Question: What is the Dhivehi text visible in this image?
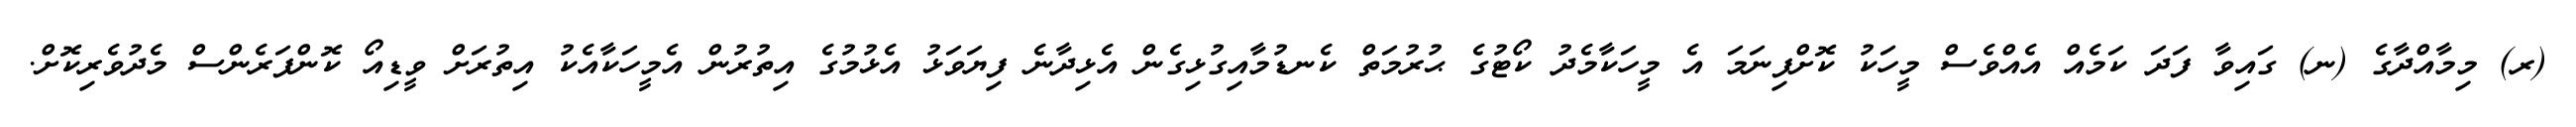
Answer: (ރ) މިމާއްދާގެ (ނ) ގައިވާ ފަދަ ކަމެއް އެއްވެސް މީހަކު ކޮށްފިނަމަ އެ މީހަކާމެދު ކޯޓުގެ ޙުރުމަތް ކެނޑުމާއިގުޅިގެން އެޅިދާނެ ފިޔަވަޅު އެޅުމުގެ އިތުރުން އެމީހަކާއެކު އިތުރަށް ވީޑިއޯ ކޮންފަރެންސް މެދުވެރިކޮށް.